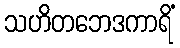
သဟိတဘေဒကာရိံ